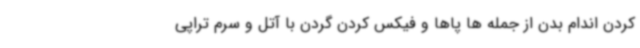
کردن اندام بدن از جمله ها پاها و فیکس کردن گردن با آتل و سرم تراپی